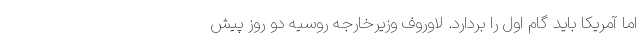
اما آمریکا باید گام اول را بردارد. لاوروف وزیرخارجه روسیه دو روز پیش